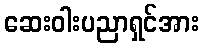
ဆေးဝါးပညာရှင်အား